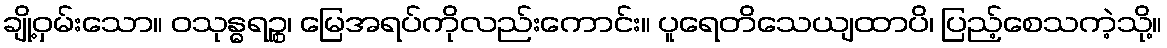
ချို့ဝှမ်းသော။ ဝသုန္ဓရဉ္စ၊ မြေအရပ်ကိုလည်းကောင်း။ ပူရေတိသေယျထာပိ၊ ပြည့်စေသကဲ့သို့။